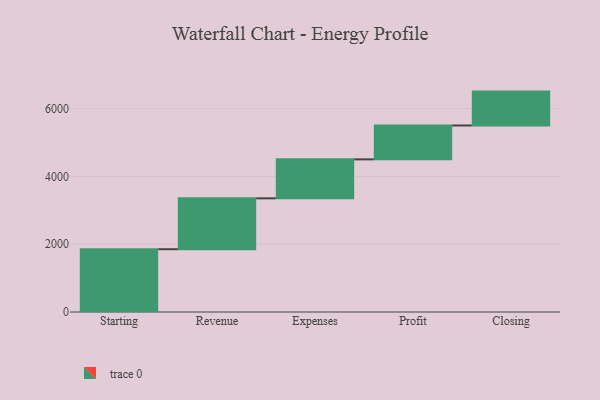
{"axis": {"x": "Step", "y": "Value"}, "legend": [""], "data": [{"x": "Starting", "y": 1853.0, "type": ""}, {"x": "Revenue", "y": 1501.0, "type": ""}, {"x": "Expenses", "y": 1150.0, "type": ""}, {"x": "Profit", "y": 1000, "type": ""}, {"x": "Closing", "y": 1000, "type": ""}]}